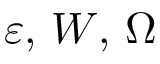
\varepsilon , \, W , \, \Omega